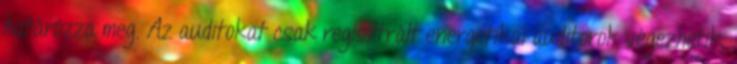
határozza meg. Az auditokat csak regisztrált energetikai auditorok végezhetik,